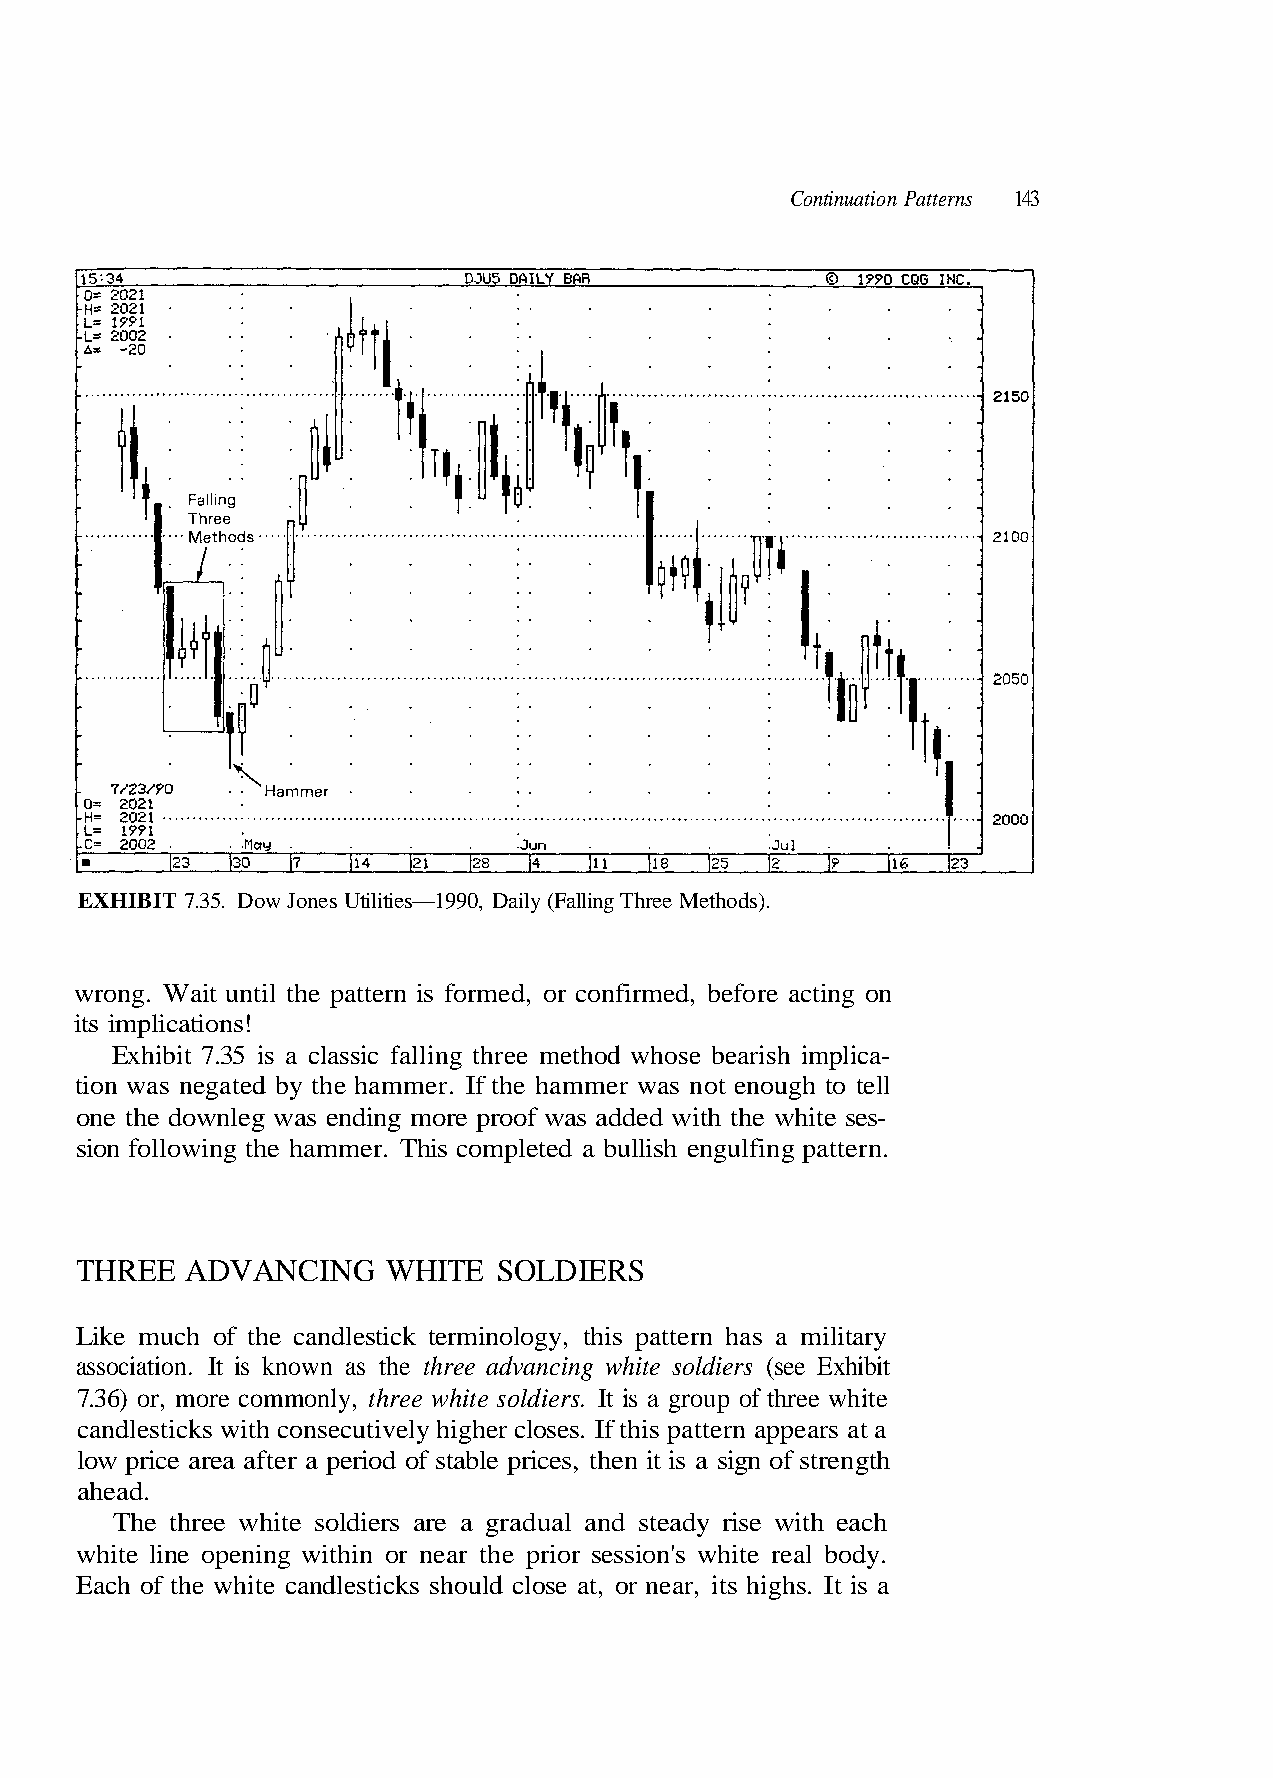
Continuation Patterns 143
 wrong. Wait until the pattern is formed, or confirmed, before acting on
 its implications!
 sion following the hammer. This completed a bullish engulfing pattern.
 THREE  ADVANCING     WHITE  SOLDIERS
 Like much of the candlestick terminology, this pattern has a military
 7.36) or, more commonly, three white soldiers. It is a group of three white
 candlesticks with consecutively higher closes. If this pattern appears at a
 low price area after a period of stable prices, then it is a sign of strength
 ahead.
 a s i t I . s h g i h s t i , r a e n r o , t
 -
 a
 s e s
 e
 alling Three Methods).
 ose bearish implica-
 not enough to tell
 dded with the white
 s should clos
 0, Daily (F
 ethod wh
 mmer was
 oof was a
 estick
 9
 mar
 l
 9
 hp
 d
 —1
 e
 e
 e
 n
 EXHIBIT 7.35. Dow Jones Utilities
 Exhibit 7.35 is a classic falling thre
 tion was negated by the hammer. If th
 one the downleg was ending mor
 association. It is known as the three advancing white soldiers (see Exhibit
 The three white soldiers are a gradual and steady rise with each
 white line opening within or near the prior session's white real body.
 Each of the white ca